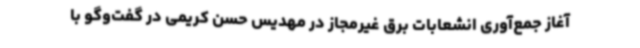
آغاز جمع‌آوری انشعابات برق غیرمجاز در مهدیس حسن کریمی در گفت‌وگو با